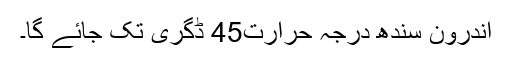
اندرون سندھ درجہ حرارت45 ڈگری تک جائے گا۔